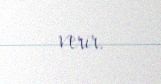
verir.